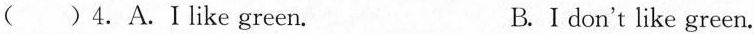
4. A.Ⅰlike green. B. I don't like green.